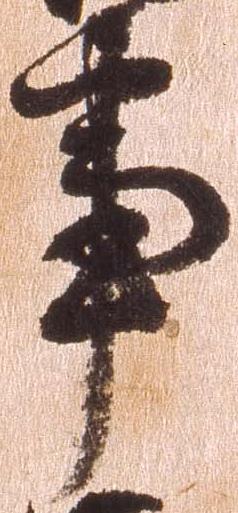
事